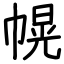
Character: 幌